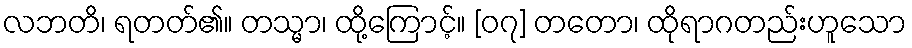
လဘတိ၊ ရတတ်၏။ တသ္မာ၊ ထို့ကြောင့်။ [၀၇] တတော၊ ထိုရာဂတည်းဟူသော